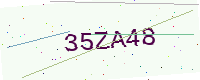
Text: 35ZA48